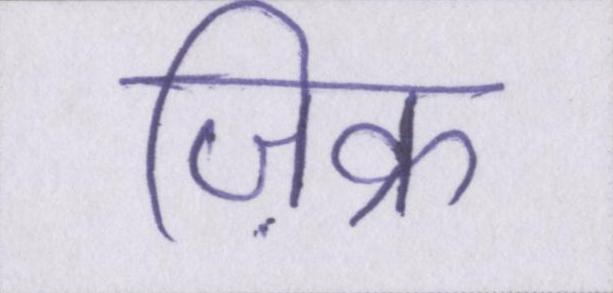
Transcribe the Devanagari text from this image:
ज़िक्र